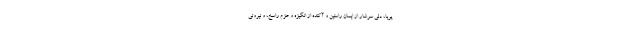
پویا، دلی سرشار از ایمان راستین و آکنده از انگیزه و عزم راسخ، و نیروئی